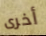
أخرى